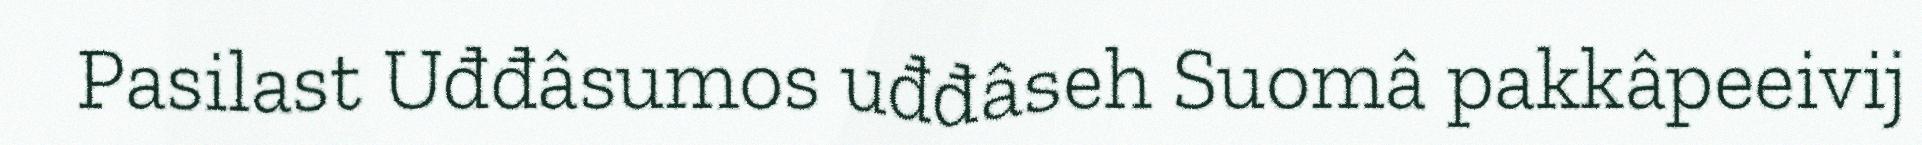
Pasilast Uđđâsumos uđđâseh Suomâ pakkâpeeivij